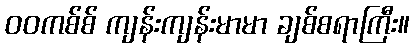
ဝဝကစ်စ် ကျန်းကျန်းမာမာ ချစ်စရာကြီး။